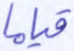
قياما